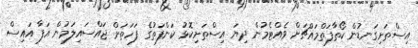
އިސްތަށިގަނޑުން ކޯތާފަތްމައްޗަށް ވެއްޓެމުން ދިޔަ އިސްތަށިކޮޅު ކަންފަތުގެ ފަހަތަށް ޖައްސައިލަމުން އަފާ އައިސް